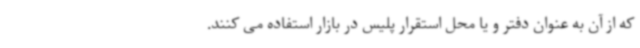
که از آن به عنوان دفتر و یا محل استقرار پلیس در بازار استفاده می کنند.